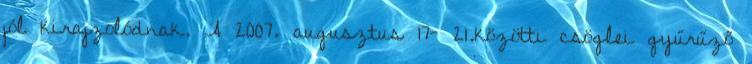
jól kirajzolódnak. A 2007. augusztus 17- 21.közötti csöglei gyűrűző